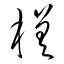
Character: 槎